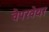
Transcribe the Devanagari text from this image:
वैपरवेयर